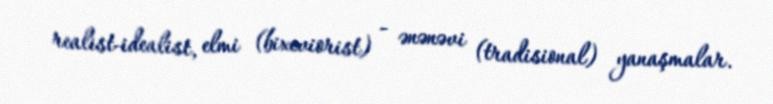
realist-idealist, elmi (bixeviorist) - ənənəvi (tradisional) yanaşmalar.